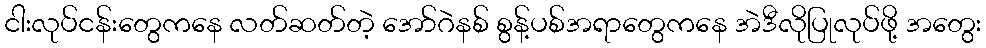
ငါးလုပ်ငန်းတွေကနေ လတ်ဆတ်တဲ့ အော်ဂဲနစ် စွန့်ပစ်အရာတွေကနေ အဲဒီလိုပြုလုပ်ဖို့ အတွေး